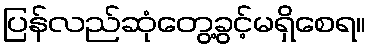
ပြန်လည်ဆုံတွေ့ခွင့်မရှိစေရ။